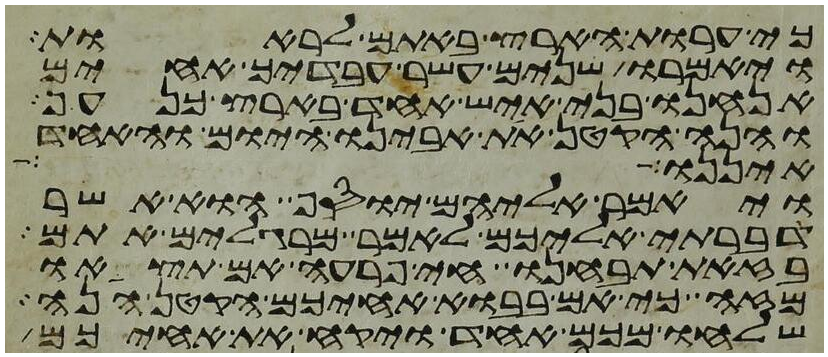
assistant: כי ערות הארץ באתם לראות
ויאמרו שנים עשר עבדיך אחים
אנחנו בני איש אחד בארץ כנען
והנה הקטן את אבינו היום והאחד
איננו
ויאמר אליהם יוסף הוא אשר
דברתי אליכם לאמר מרגלים אתם
בזאת תבחנו חי פרעה אם תצאו
מזה כי אם בבוא אחיכם הקטן הנה
שלחו מכם אחד ויקח את אחיכם